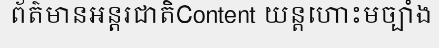
ព័ត៌មានអន្តរជាតិContent យន្តហោះមច្បាំង